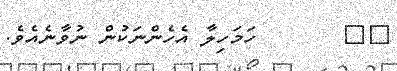
٥٣       ހަމަހިލާ އެހެންނަކުން ނުވާނެއެވެ.